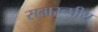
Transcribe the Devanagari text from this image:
समरूपीय